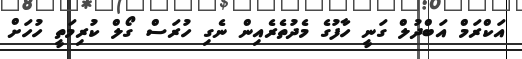
އަކްރަމް އަބްދުލް ގަނީ ހާފުގެ މެދުތެރެއިން ނެގި ހުރަސް ގޯލް ކުރިމަތީ ހުހަށް